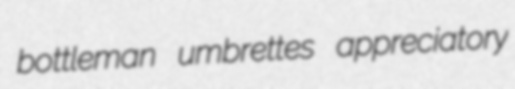
bottleman umbrettes appreciatory